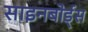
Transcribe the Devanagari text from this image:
साइनबोर्ड्स